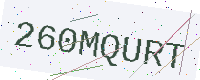
Text: 260MQURT